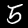
Label: 5